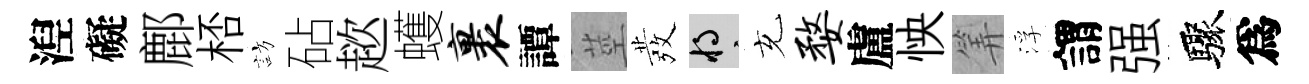
湼礙鄜桮訪砧趑蠖裹譚莖發將充婺盧怏筭浮謂强驟爲